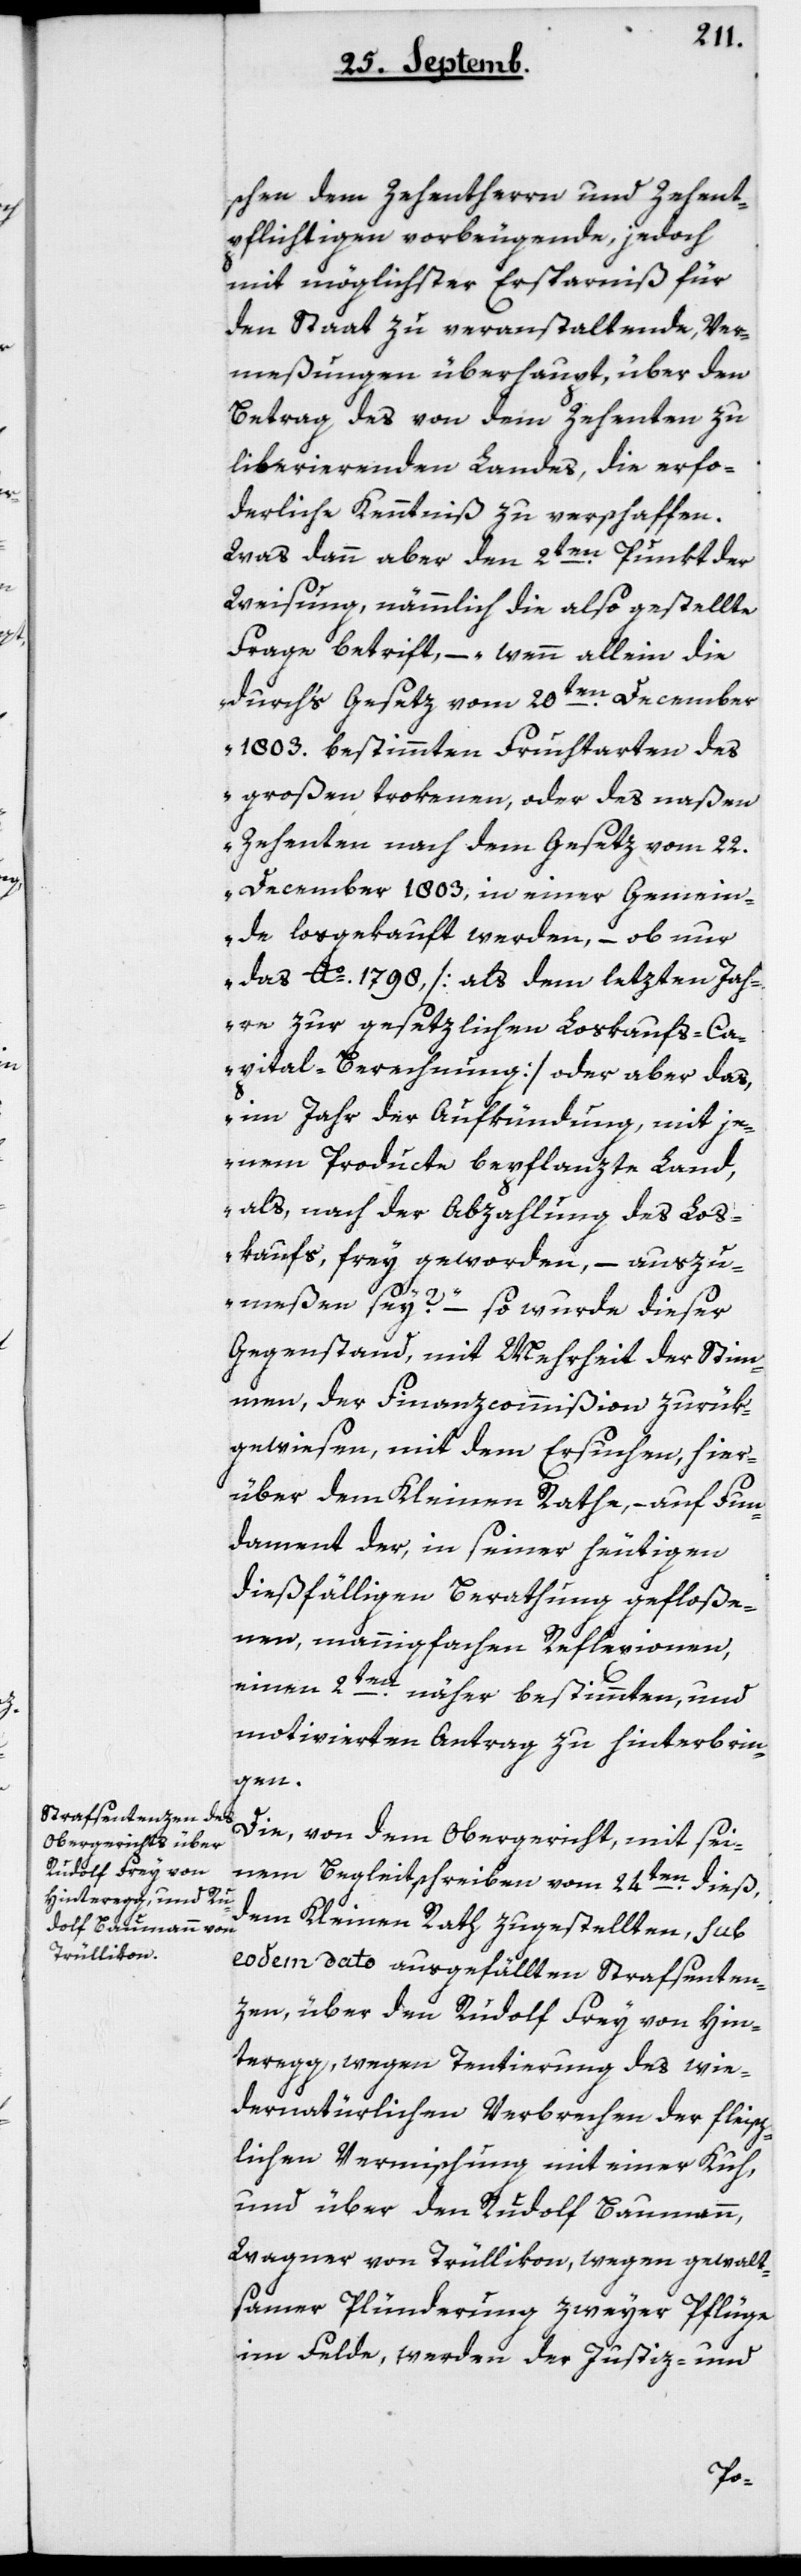
schen dem Zehentherrn und Zehent¬
pflichtigen vorbeugende, jedoch
mit möglichster Ersparnis für
den Staat zu veranstaltende, Ver¬
meßungen überhaupt, über den
Betrag des von dem Zehenten zu
liberierenden Landes, die erfor¬
derliche Kenntniß zu verschaffen.
Was dann aber den 2ten Punkt der
Weisung, nämmlich die also gestellte
Frage betrifft, – „wenn allein die
durchs Gesetz vom 20ten December
1803 bestimmten Fruchtarten des
großen trokenen, oder des naßen
Zehenten nach dem Gesetz vom 22ten
December 1803, in einer Gemein¬
de losgekauft werden, – ob nur
das Ao. 1798 [als dem letzten Jah¬
re zur gesetzlichen Loskaufs-Ca¬
pital-Berechnung] oder aber das,
im Jahr der Aufkündung, mit je¬
nem Producte bepflanzte Land,
als, nach der Abzahlung des Los¬
kaufs frey geworden, – auszu¬
meßen sey?“ – so wurde dieser
Gegenstand mit Mehrheit der Stim¬
men, der Finanzcommißion zurük¬
gewiesen, mit dem Ersuchen, hier¬
über dem Kleinen Rathe, – auf Fun¬
dament der, in seiner heutigen
dießfälligen Berathung gefloße¬
nen, mannigfachen Reflexionen,
einen 2ten näher bestimmten, und
motivierten Antrag zu hinterbrin¬
gen.
Die von dem Obergericht mit sei¬
nem Begleitschreiben vom 24ten dieß,
dem Kleinen Rath zugestellten, sub
eodem dato ausgefällten Strafsenten¬
zen, über den Rudolf Frey von Hin¬
teregg, wegen Tentierung des wi¬
dernatürlichen Verbrechen der fleisch¬
lichen Vermischung mit einer Kuh,
und über den Rudolf Baumann,
Wagner von Trüllikon, wegen gewalt¬
samer Plünderung zweyer Pflüge
im Felde, werden der Justiz- und